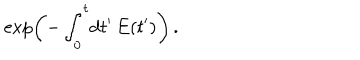
\exp \left( - \int _ { 0 } ^ { t } \! \mathrm { d } t ^ { \prime } \, E ( t ^ { \prime } ) \right) \, .